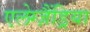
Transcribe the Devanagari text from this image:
एलेग्ज़ैंड्रिया